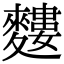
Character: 𪍣